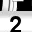
Digit: 2